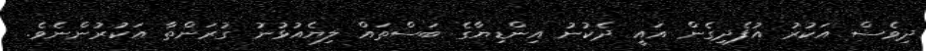
ދިވެސް އަކުރު އުފެދިގެން އައީ ދެކުނު އިންޑިޔާގެ ބަސްތައް ލިޔެއުޅުނު ގުރަންތާ އަކުރުންނެވެ.